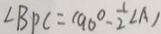
\angle B P C = ( 9 0 ^ { \circ } - \frac { 1 } { 2 } \angle A )